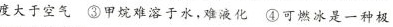
度大于空气③甲烷难溶于水，难液化④可燃冰是一种极